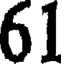
61